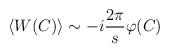
LaTeX: \begin{align*}\langle W(C)\rangle\sim -i\frac{2\pi}{s}\varphi(C)\end{align*}